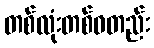
တစ်လုံးတစ်ဝတည်း